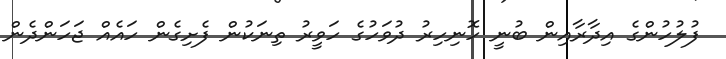
ފުލުހުންގެ އިދާރާއިން ބުނީ ހޮނިހިރު ދުވަހުގެ ހަވީރު ތިނަކުން ފެށިގެން ހައެއް ޖަހަންދެން